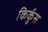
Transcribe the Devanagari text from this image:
किर्कुस